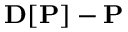
{ \bf D } [ { \bf P } ] - { \bf P }